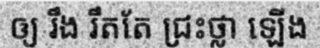
ឲ្យ រឹង រឹតតែ ជ្រះថ្លា ឡើង